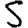
Digit: 5